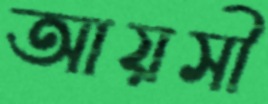
আয়সী